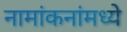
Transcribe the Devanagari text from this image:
नामांकनांमध्ये